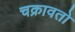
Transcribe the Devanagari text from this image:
चक्रावतो